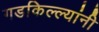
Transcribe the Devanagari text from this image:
गडकिल्ल्यांनी